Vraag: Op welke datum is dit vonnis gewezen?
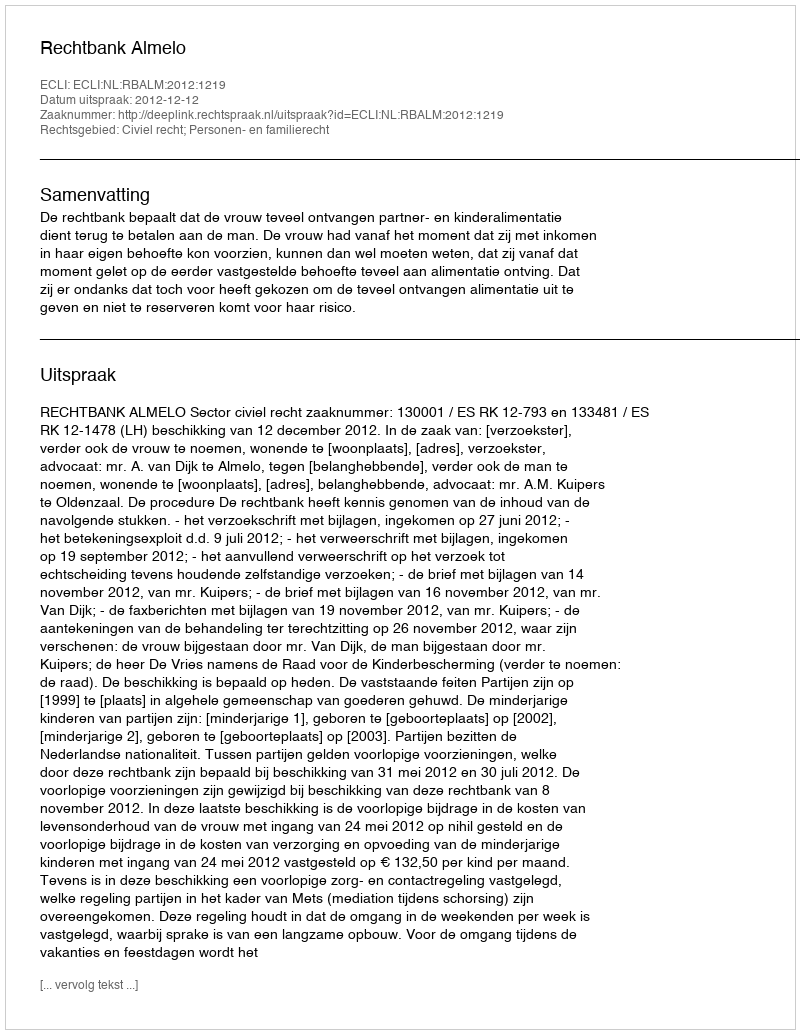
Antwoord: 2012-12-12